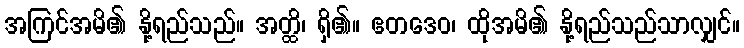
အကြင်အမိ၏ နို့ရည်သည်။ အတ္ထိ၊ ရှိ၏။ ဧတဒေဝ၊ ထိုအမိ၏ နို့ရည်သည်သာလျှင်။